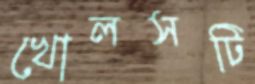
খোলসটি